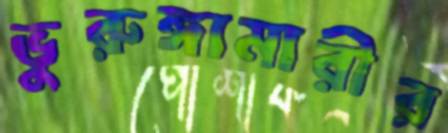
ভুরুঙ্গামারীর